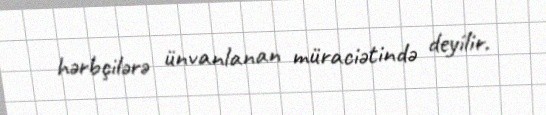
hərbçilərə ünvanlanan müraciətində deyilir.